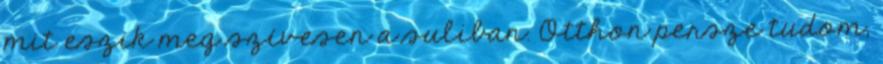
mit eszik meg szívesen a suliban. Otthon persze tudom,